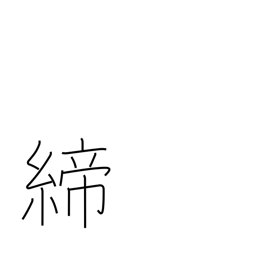
Meaning: tighten